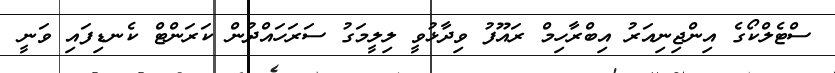
ސްޓެލްކޯގެ އިންޖިނިއަރު އިބްރާހިމް ރައޫފު ވިދާޅުވީ ލިލީމަގު ސަރަހައްދުން ކަރަންޓް ކެނޑިފައި ވަނީ